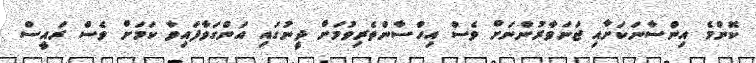
ކޮންމެ އިންސާނަކަށާއި ޖަނަވާރުންނަށް ވެސް އިހްސާންތެރިވުމަށް ދީނުގައި އަންގަވާފައިވާ ކަމަށް ވެސް ރައީސް